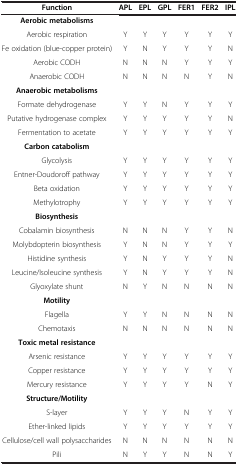
| Function | APL | EPL | GPL | FER1 | FER2 | IPL |
 | --- | --- | --- | --- | --- | --- | --- |
 | Aerobic metabolisms |  |  |  |  |  |  |
 | Aerobic respiration | Y | Y | Y | Y | Y | Y |
 | Fe oxidation (blue-copper protein) | Y | N | Y | Y | Y | N |
 | Aerobic CODH | N | N | N | Y | Y | Y |
 | Anaerobic CODH | N | N | N | N | Y | N |
 | Anaerobic metabolisms |  |  |  |  |  |  |
 | Formate dehydrogenase | Y | Y | N | Y | Y | Y |
 | Putative hydrogenase complex | Y | Y | Y | Y | Y | N |
 | Fermentation to acetate | Y | Y | Y | Y | Y | Y |
 | Carbon catabolism |  |  |  |  |  |  |
 | Glycolysis | Y | Y | Y | Y | Y | Y |
 | Entner-Doudoroff pathway | Y | Y | Y | Y | Y | Y |
 | Beta oxidation | Y | Y | Y | Y | Y | Y |
 | Methylotrophy | Y | Y | Y | Y | Y | Y |
 | Biosynthesis |  |  |  |  |  |  |
 | Cobalamin biosynthesis | N | N | N | Y | Y | N |
 | Molybdopterin biosynthesis | Y | N | N | Y | Y | Y |
 | Histidine synthesis | Y | N | Y | Y | Y | N |
 | Leucine/Isoleucine synthesis | Y | N | Y | Y | Y | N |
 | Glyoxylate shunt | N | Y | N | N | N | N |
 | Motility |  |  |  |  |  |  |
 | Flagella | Y | Y | N | N | N | N |
 | Chemotaxis | N | N | N | N | N | N |
 | Toxic metal resistance |  |  |  |  |  |  |
 | Arsenic resistance | Y | Y | Y | Y | Y | Y |
 | Copper resistance | Y | Y | Y | Y | Y | Y |
 | Mercury resistance | Y | Y | Y | Y | N | Y |
 | Structure/Motility |  |  |  |  |  |  |
 | S-layer | Y | Y | Y | N | Y | Y |
 | Ether-linked lipids | Y | Y | Y | Y | Y | Y |
 | Cellulose/cell wall polysaccharides | N | N | N | N | N | N |
 | Pili | N | Y | Y | N | N | Y |